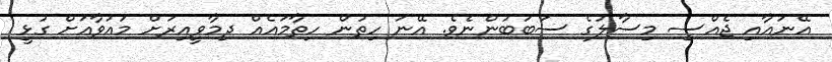
އޭނައާއި ޖެއްސި މިސާލުގެ ސަބަބުންނެވެ. އޭނަ ހިތުން ހިތާމައެއް ދިމާވީއިރަށް މައުވާއަށް ގުޅީ